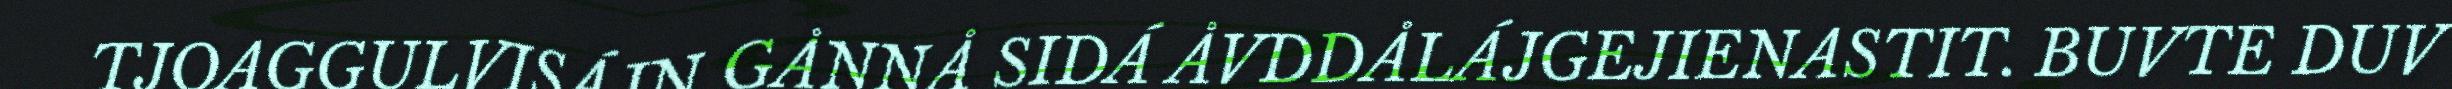
TJOAGGULVISÁJN GÅNNÅ SIDÁ ÅVDDÅLÁJGEJIENASTIT. BUVTE DUV